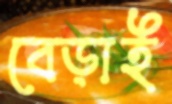
বেড়াই